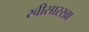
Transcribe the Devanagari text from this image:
रवीसारखा